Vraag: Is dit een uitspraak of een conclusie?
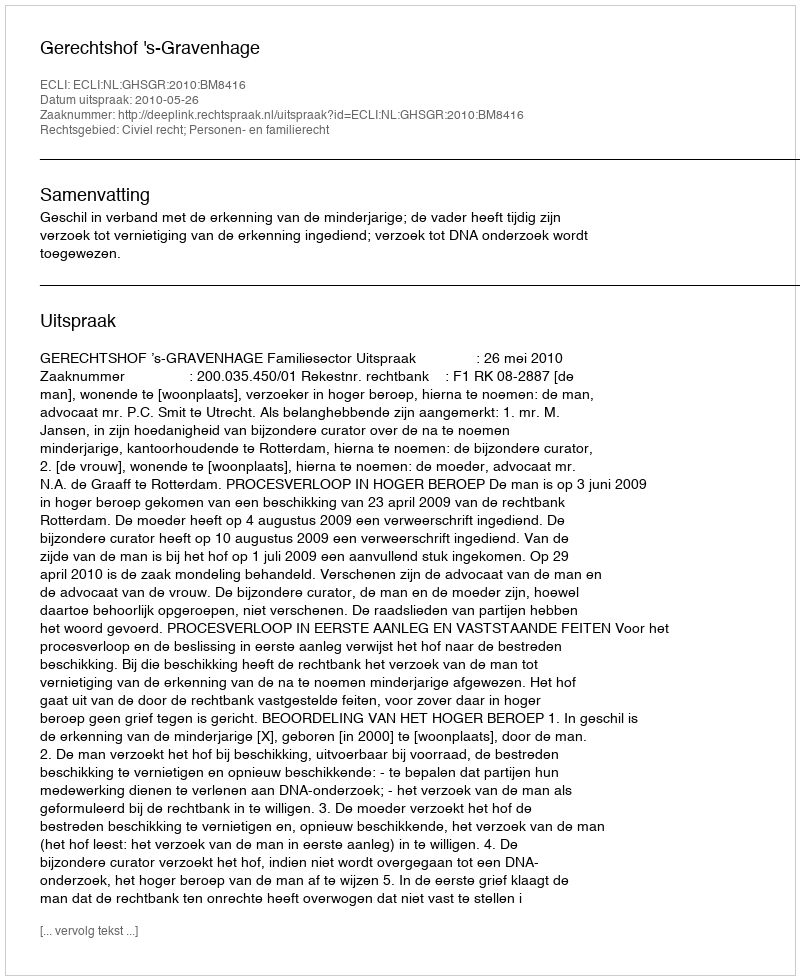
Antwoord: Uitspraak